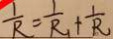
\frac { 1 } { R } = \frac { 1 } { R _ { 1 } } + \frac { 1 } { R }